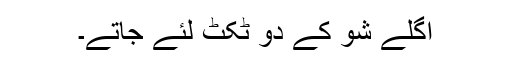
اگلے شو کے دو ٹکٹ لئے جاتے۔